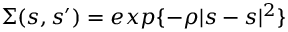
\Sigma ( s , s ^ { \prime } ) = e x p \{ - \rho | s - s | ^ { 2 } \}